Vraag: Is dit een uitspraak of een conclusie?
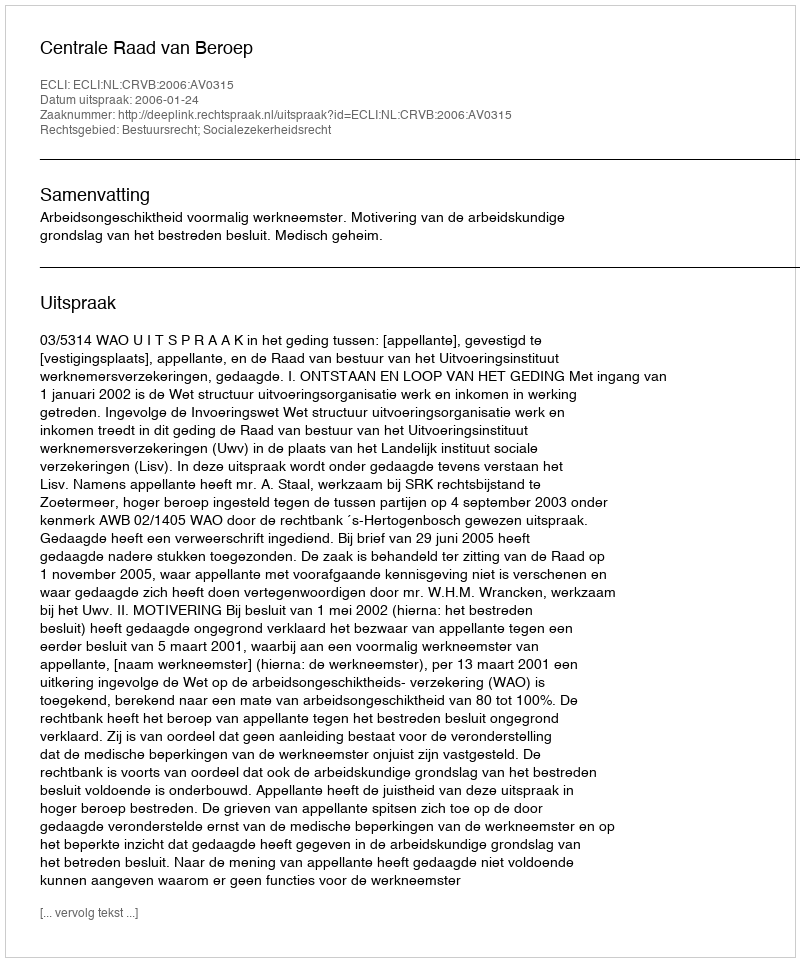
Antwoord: Uitspraak